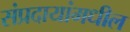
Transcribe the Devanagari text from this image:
संप्रदायांमधील